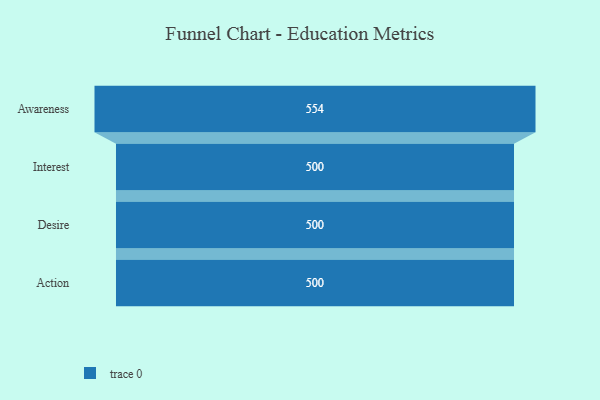
{"axis": {"x": "Stage", "y": "Value"}, "legend": [""], "data": [{"x": "Awareness", "y": 554.0, "type": ""}, {"x": "Interest", "y": 500, "type": ""}, {"x": "Desire", "y": 500, "type": ""}, {"x": "Action", "y": 500, "type": ""}]}